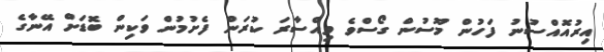
އިރުއޮއްސުނު ފަހުން މޫސުން ގޯސްވެ ވިއްސާރަ ކުރަން ފެށުމުން ވަކިން ބޮޑަށް އޭނާގެ